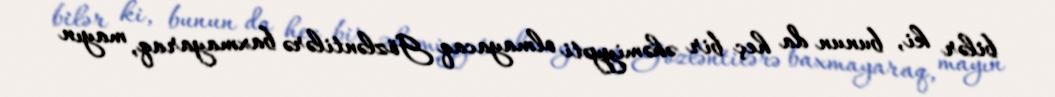
bilər ki, bunun da heç bir əhəmiyyəti olmayacaq Gözləntilərə baxmayaraq, mayın